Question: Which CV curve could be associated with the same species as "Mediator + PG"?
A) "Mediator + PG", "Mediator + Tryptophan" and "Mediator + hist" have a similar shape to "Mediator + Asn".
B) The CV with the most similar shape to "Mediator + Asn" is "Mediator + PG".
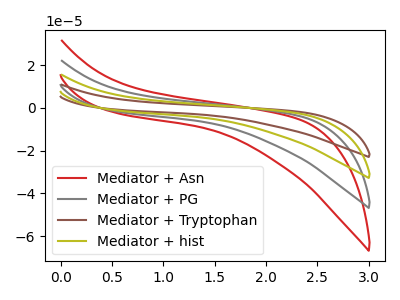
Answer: <think>The red curve "Mediator + Asn" has no peaks. The gray curve "Mediator + PG" has no peaks. The brown curve "Mediator + Tryptophan" has no peaks. The olive curve "Mediator + hist" has no peaks.
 Neither "Mediator + Asn" or "Mediator + PG" have any peaks. Neither "Mediator + Asn" or "Mediator + Tryptophan" have any peaks. Neither "Mediator + Asn" or "Mediator + hist" have any peaks. Neither "Mediator + PG" or "Mediator + Tryptophan" have any peaks. Neither "Mediator + PG" or "Mediator + hist" have any peaks. Neither "Mediator + Tryptophan" or "Mediator + hist" have any peaks.</think>
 <answer>A) "Mediator + PG", "Mediator + Tryptophan" and "Mediator + hist" have a similar shape to "Mediator + Asn".</answer>
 <eval>A</eval>